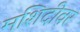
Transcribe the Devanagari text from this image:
मशिदीवर